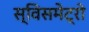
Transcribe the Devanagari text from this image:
स्विसमेट्रो